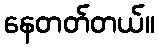
နေတတ်တယ်။